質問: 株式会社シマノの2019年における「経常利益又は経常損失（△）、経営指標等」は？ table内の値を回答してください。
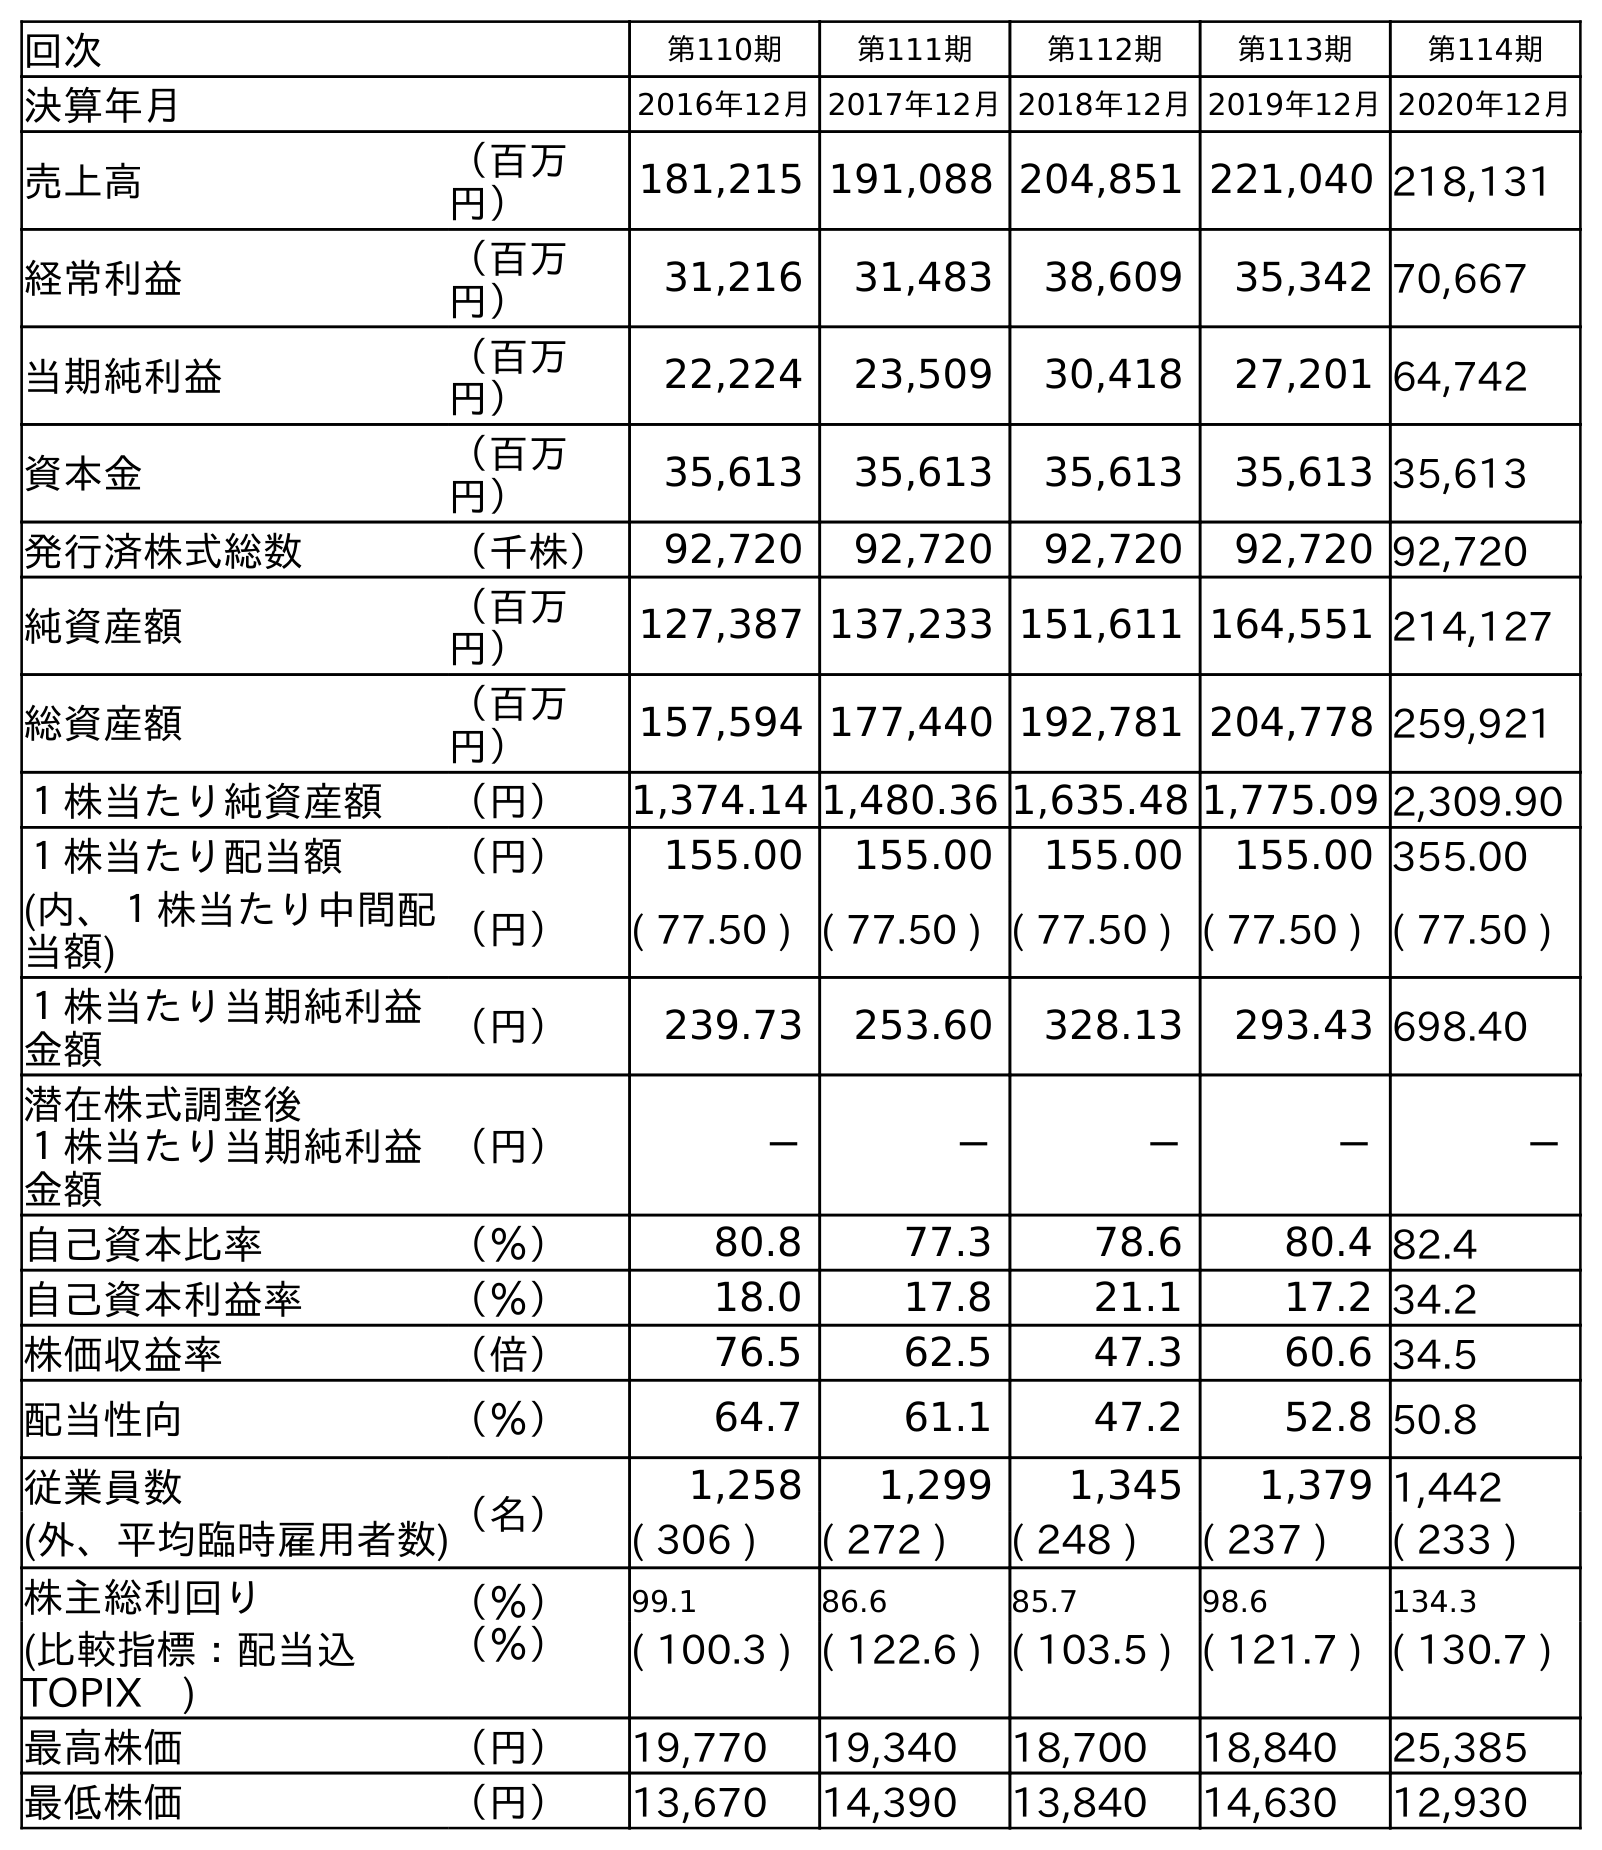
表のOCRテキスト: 回次 第110期 第111期 第112期 第113期 第114期 決算年月 2016年12月2017年12月2018年12月2019年12月2020年12月 売上高 （百万 円） 181,215 191,088 204,851 221,040 218,131 経常利益 （百万 円） 31,216 31,483 38,609 35,342 70,667 当期純利益 （百万 円） 22,224 23,509 30,418 27,201 64,742 資本金 （百万 円） 35,613 35,613 35,613 35,613 35,613 発行済株式総数 （千株） 92,720 92,720 92,720 92,720 92,720 純資産額 （百万 円） 127,387 137,233 151,611 164,551 214,127 総資産額 （百万 円） 157,594 177,440 192,781 204,778 259,921 １株当たり純資産額 （円） 1,374.14 1,480.36 1,635.48 1,775.09 2,309.90 １株当たり配当額 （円） 155.00 155.00 155.00 155.00 355.00 (内、１株当たり中間配 当額) （円） ( 77.50 ) ( 77.50 ) ( 77.50 ) ( 77.50 ) ( 77.50 ) １株当たり当期純利益 金額 （円） 239.73 253.60 328.13 293.43 698.40 潜在株式調整後 １株当たり当期純利益 金額 （円） － － － － － 自己資本比率 （％） 80.8 77.3 78.6 80.4 82.4 自己資本利益率 （％） 18.0 17.8 21.1 17.2 34.2 株価収益率 （倍） 76.5 62.5 47.3 60.6 34.5 配当性向 （％） 64.7 61.1 47.2 52.8 50.8 従業員数 （名） 1,258 1,299 1,345 1,379 1,442 (外、平均臨時雇用者数) ( 306 ) ( 272 ) ( 248 ) ( 237 ) ( 233 ) 株主総利回り （％） 99.1 86.6 85.7 98.6 134.3 (比較指標：配当込 TOPIX ) （％） ( 100.3 ) ( 122.6 ) ( 103.5 ) ( 121.7 ) ( 130.7 ) 最高株価 （円） 19,770 19,340 18,700 18,840 25,385 最低株価 （円） 13,670 14,390 13,840 14,630 12,930
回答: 35,342